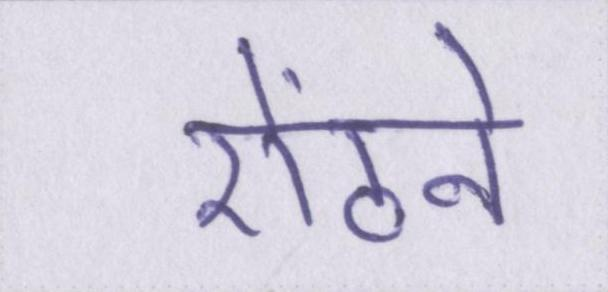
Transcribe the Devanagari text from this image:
ऐंठने